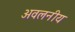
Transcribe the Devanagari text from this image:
अवलनीय